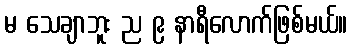
မ သေချာဘူး ည ၉ နာရီလောက်ဖြစ်မယ်။